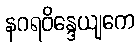
နဂရဝိန္ဒေယျကေ